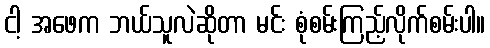
ငါ့ အဖေက ဘယ်သူလဲဆိုတာ မင်း စုံစမ်းကြည့်လိုက်စမ်းပါ။